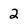
Character: 2